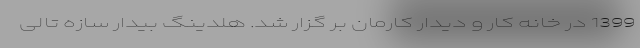
1399 در خانه کار و دیدار کارمان بر گزار شد. هلدینگ بیدار سازه تالی